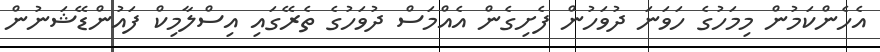
އެހެންކަމުން މިމަހުގެ ހަވަނަ ދުވަހުން ފެށިގެން އެއްމަސް ދުވަހުގެ ތެރޭގައި އިސްލާމިކް ފައުންޑޭޝަނުން